system: You are a helpful assistant.
user:
Analyze the provided spectrum to determine if it is a **"Cataclysmic Variables (CV)"**.

- **Key Indicators for CV (Check for either state):**
    - **State 1: Quiescent / Low-State (Emission-Dominated)**
        - **(Primary):** Strong and *very broad* Hydrogen Balmer emission lines (e.g., $H\alpha$ at 6563 Å, $H\beta$ at 4861 Å). The 'broadness' (high velocity dispersion, often FWHM > 1000 km/s) is the key diagnostic, indicating a high-velocity accretion disk.
        - **(Secondary):** Broad neutral Helium (He I) emission lines (e.g., 5876 Å, 6678 Å).
        - **(Key Confirmation):** Presence of high-excitation *ionized* Helium (He II) emission at 4686 Å. This is a strong indicator of accretion onto a white dwarf.
        - **(Line Profile):** Emission lines may exhibit a 'double-peaked' profile, which is a classic signature of a rotating accretion disk viewed at high inclination.

    - **State 2: Outburst / High-State (Absorption-Dominated)**
        - **(Primary):** Spectrum is dominated by a bright, blue continuum (looks like a hot star).
        - **(Secondary):** The emission lines from State 1 are weak, absent, or 'filled in', and are replaced by broad, shallow *absorption* lines (primarily Balmer and He I).
        - **(Morphology):** The overall spectrum mimics a hot B/A-type star. The crucial difference is that the absorption lines are significantly broader, shallower, and more 'washed-out' (or 'smeared') than the sharp lines of a normal stellar photosphere, due to high rotational speeds and pressure broadening in the disk.

Think first, call **spectral_visualization_tool** if needed to examine features in detail, then provide your final answer. Your response must adhere to the following strict rules:
1.  **Overall Structure:** Your response must follow the format `<think>...</think> <tool_call>...</tool_call> (if a tool is used) <answer>...</answer>`.
2.  **Tool Usage Constraint:** You may only make **one** tool call per turn.
3.  **Final Answer Format:** In the `<answer>` tag, your conclusion must be inside a `\boxed{}` command (e.g., `\boxed{YES}`), followed by your justification.

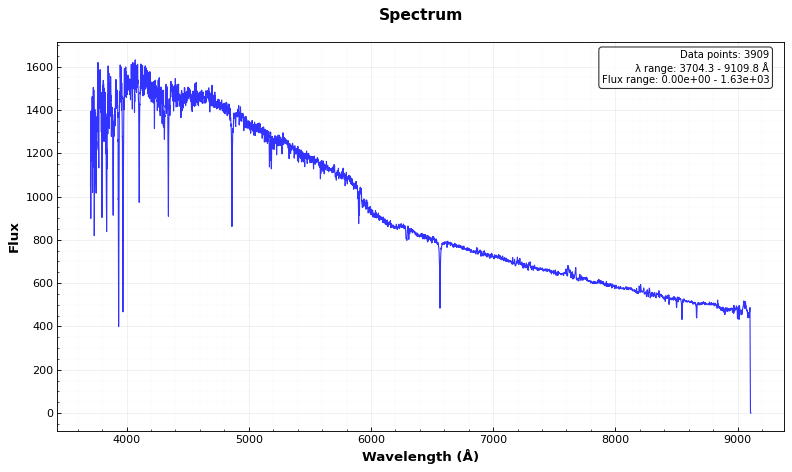
Answer: NO